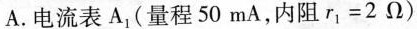
A.电流表A1(量程50mA，内阻$$r_{1}=2Ω$$)